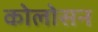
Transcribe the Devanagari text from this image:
कोलोसन